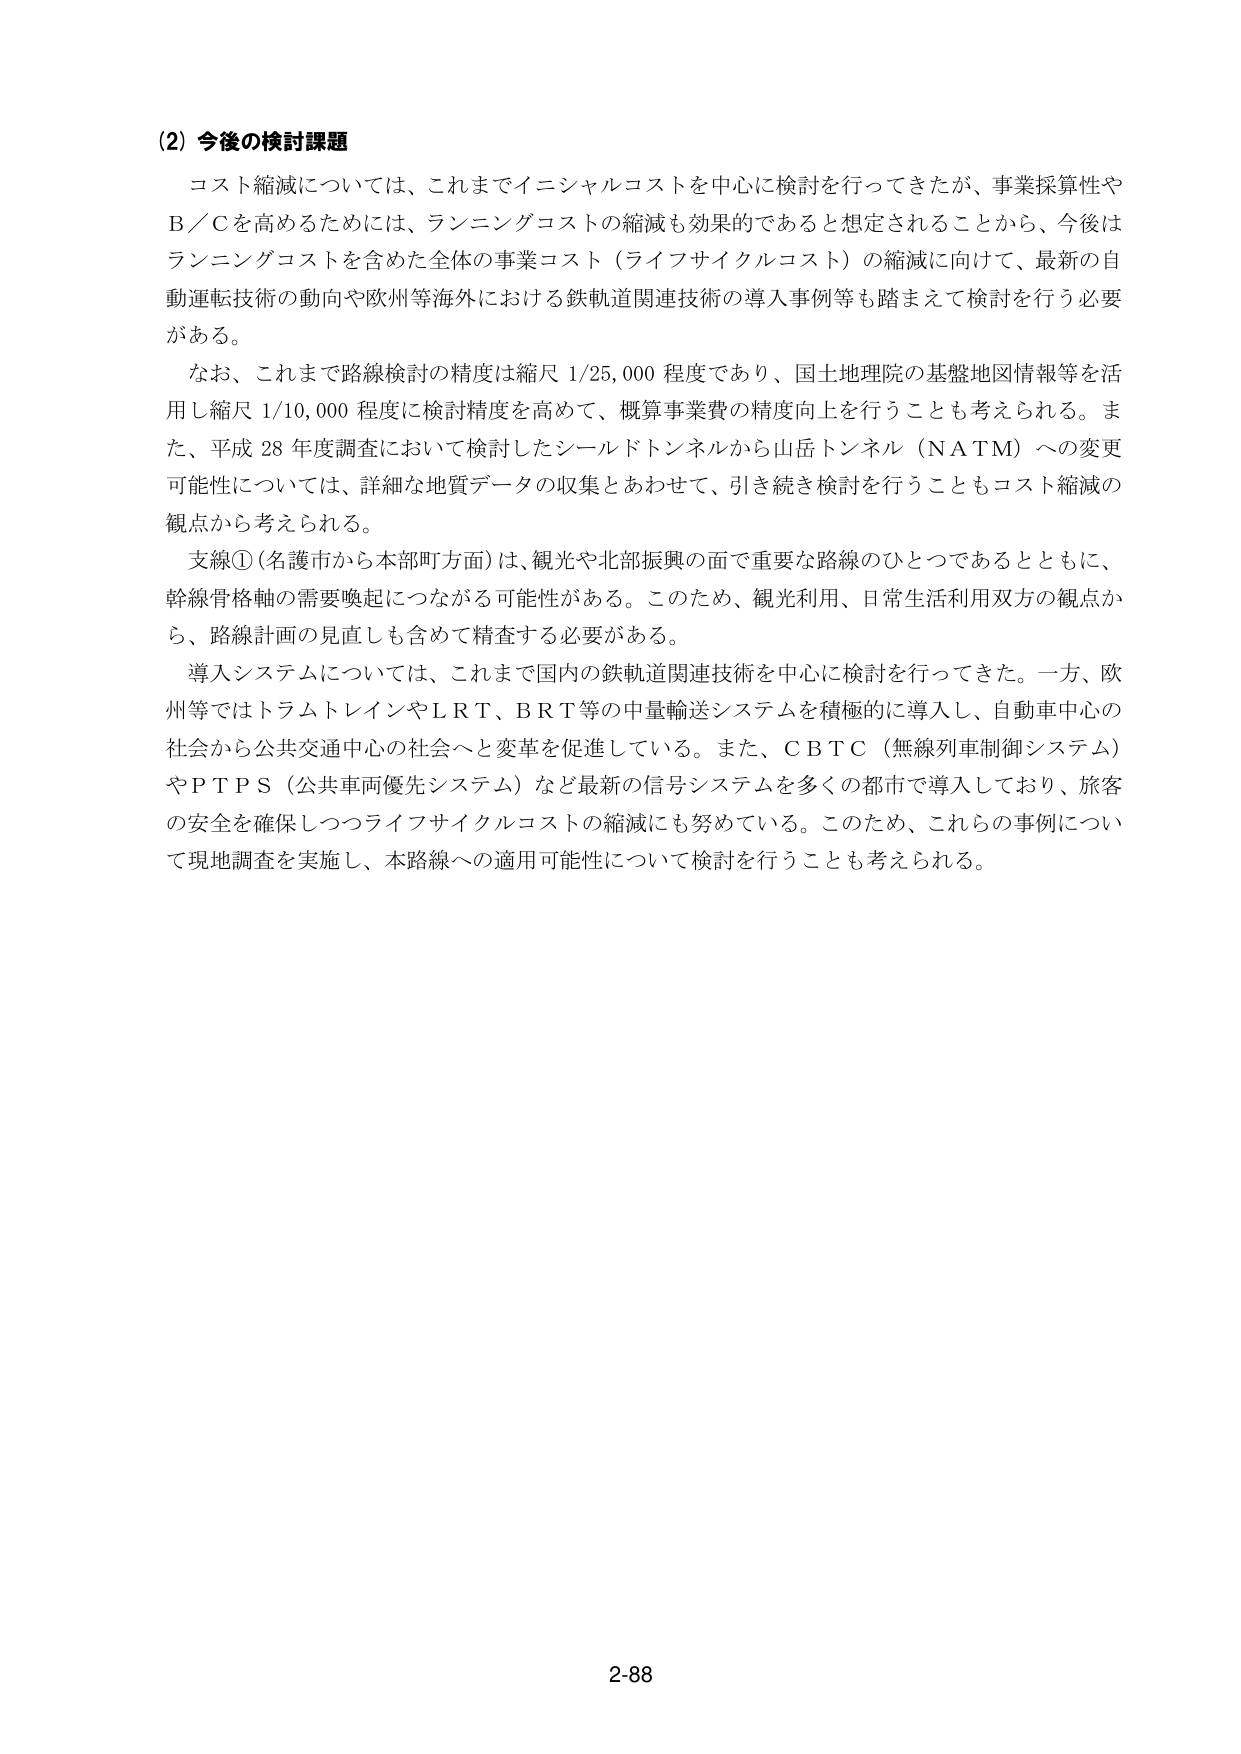
(2) 今後の検討課題

コスト縮減については、これまでイニシャルコストを中心に検討を行ってきたが、事業採算性やB／Cを高めるためには、ランニングコストの縮減も効果的であると想定されることから、今後はランニングコストを含めた全体の事業コスト（ライフサイクルコスト）の縮減に向けて、最新の自動運転技術の動向や欧州等海外における鉄軌道関連技術の導入事例等も踏まえて検討を行う必要がある。

なお、これまで路線検討の精度は縮尺1/25,000程度であり、国土地理院の基盤地図情報等を活用し縮尺1/10,000程度に検討精度を高めて、概算事業費の精度向上を行うことも考えられる。また、平成28年度調査において検討したシールドトンネルから山岳トンネル（NATM）への変更可能性については、詳細な地質データの収集とあわせて、引き続き検討を行うこともコスト縮減の観点から考えられる。

支線①（名護市から本部町方面）は、観光や北部振興の面で重要な路線のひとつであるとともに、幹線骨格軸の需要喚起につながる可能性がある。このため、観光利用、日常生活利用双方の観点から、路線計画の見直しも含めて精査する必要がある。

導入システムについては、これまで国内の鉄軌道関連技術を中心に検討を行ってきた。一方、欧州等ではトラムトレインやLRT、BRT等の中量輸送システムを積極的に導入し、自動車中心の社会から公共交通中心の社会へと変革を促進している。また、CBTC（無線列車制御システム）やPTPS（公共車両優先システム）など最新の信号システムを多くの都市で導入しており、旅客の安全を確保しつつライフサイクルコストの縮減にも努めている。このため、これらの事例について現地調査を実施し、本路線への適用可能性について検討を行うことも考えられる。

2-88